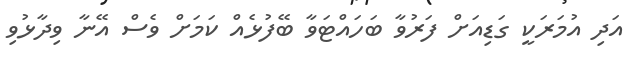
އަދި އުމަރަކީ ގަޑިއަށް ފަރުވާ ބަހައްޓަވާ ބޭފުޅެއް ކަމަށް ވެސް އޭނާ ވިދާޅުވި